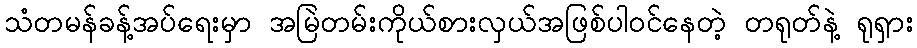
သံတမန်ခန့်အပ်ရေးမှာ အမြဲတမ်းကိုယ်စားလှယ်အဖြစ်ပါဝင်နေတဲ့ တရုတ်နဲ့ ရုရှား